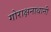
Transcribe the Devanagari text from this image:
गोराक्षनाथानी